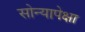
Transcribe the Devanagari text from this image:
सोन्यापेक्षा